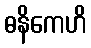
ဓနိကေဟိ